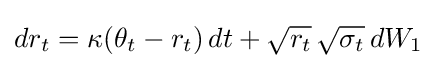
dr_{t}=\kappa (\theta _{t}-r_{t})\,dt+{\sqrt {r_{t}}}\,{\sqrt {\sigma _{t}}}\,dW_{1}